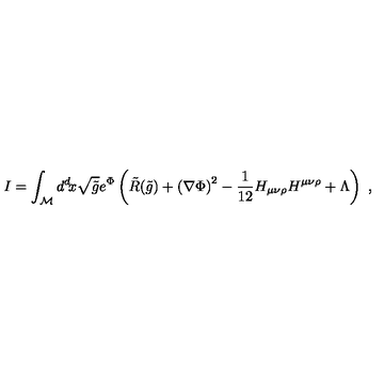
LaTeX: I = \int _ { \cal { M } } d ^ { d } \! x \sqrt { \tilde { g } } e ^ { \Phi } \left( \tilde { R } ( \tilde { g } ) + \left( \nabla \Phi \right) ^ { 2 } - { \frac { 1 } { 1 2 } } H _ { \mu \nu \rho } H ^ { \mu \nu \rho } + \Lambda \right) \ ,